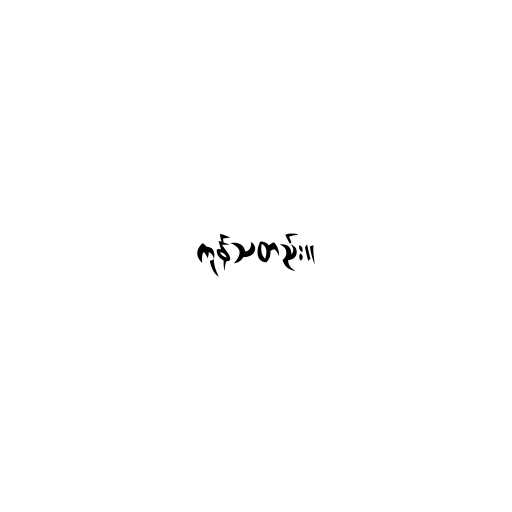
ကုန်သတည်း။